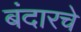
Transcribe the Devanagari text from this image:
बंदारचे